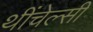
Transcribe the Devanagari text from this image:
थींचेल्सी